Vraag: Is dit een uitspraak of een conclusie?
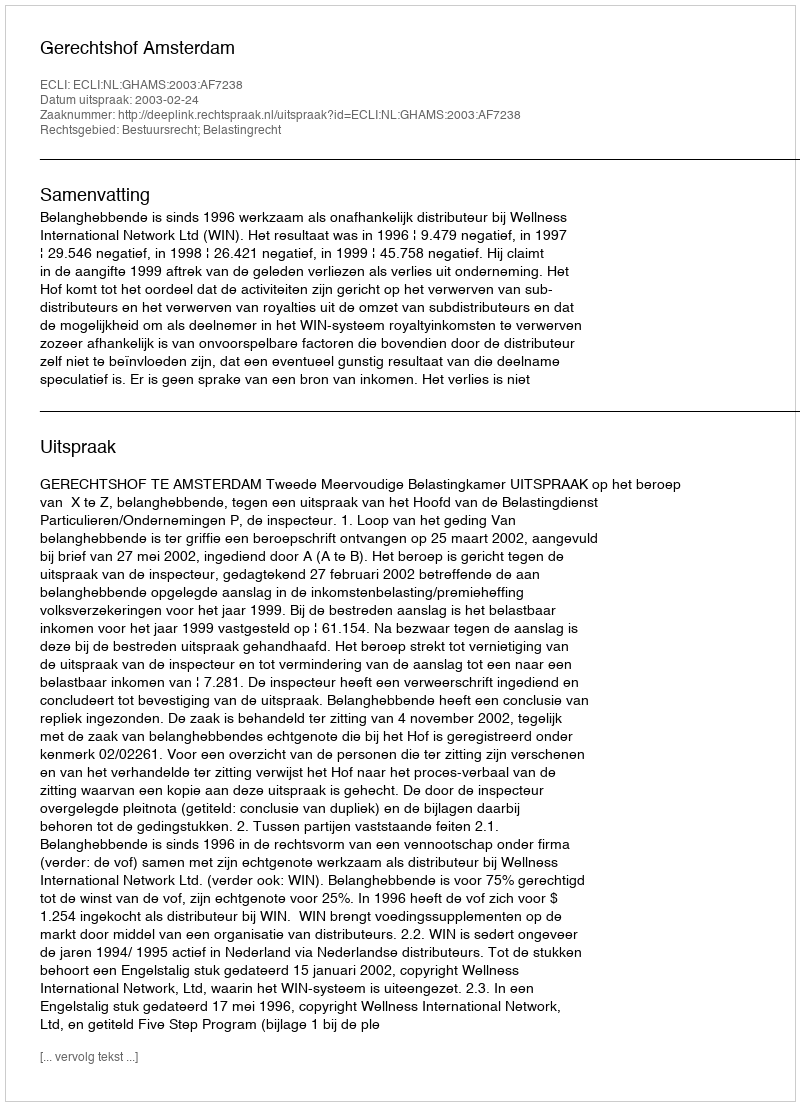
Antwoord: Uitspraak